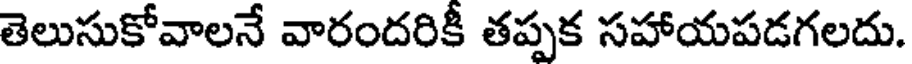
తెలుసుకోవాలనే వారందరికీ తప్పక సహాయపడగలదు.